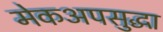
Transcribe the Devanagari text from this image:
मेकअपसुद्धा